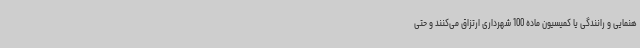
هنمایی و رانندگی یا کمیسیون ماده 100 شهرداری ارتزاق می‌کنند و حتی